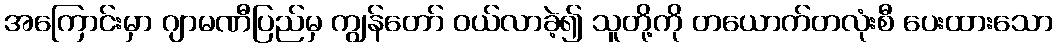
အကြောင်းမှာ ဂျာမဏီပြည်မှ ကျွန်တော် ဝယ်လာခဲ့၍ သူတို့ကို တယောက်တလုံးစီ ပေးထားသော